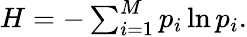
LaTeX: \begin{array}{r}{H=-\sum_{i=1}^{M}p_{i}\ln{p_{i}}.}\end{array}